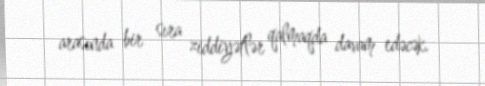
arasında bir sıra ziddiyətlər qalmaqda davam edəcək.